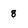
Character: 8